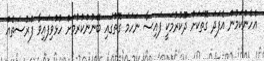
އެހެންކަމުން އެފަދަ ގޮތަކަށް ދޫކުރުމަކީ ފައިސާ ނަހަމަ ގޮތުގައި ބޭނުންކުރުމަށް ހުޅުވިފައިވާ ފުރުސަތެއް